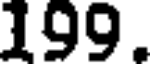
199.